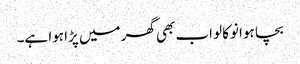
بچا ہوا نوکالو اب بھی گھر میں پڑا ہوا ہے۔